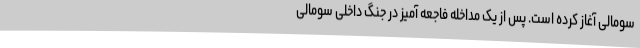
سومالی آغاز کرده است. پس از یک مداخله فاجعه آمیز در جنگ داخلی سومالی